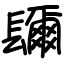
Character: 镾